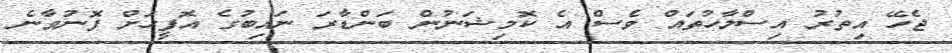
ޖެހޭ އިތުރު އިސްލާހުތައް ވެސް އެ ކޮމިޝަނުން ބަންޑާރަ ނައިބުގެ އޮފީހަށް ފޮނުވާނެ